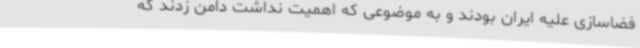
فضاسازی علیه ایران بودند و به موضوعی که اهمیت نداشت دامن زدند که